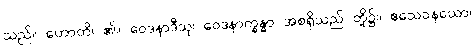
သည်။ ဟောတိ၊ ၏။ ဝေဒနာဒီသု၊ ဝေဒနာက္ခန္ဓာ အစရှိသည် တို့၌။ ဧသေဝနယော၊